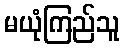
မယုံကြည်သူ